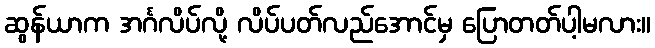
ဆွန်ယာက အင်္ဂလိပ်လို့ လိပ်ပတ်လည်အောင်မှ ပြောတတ်ပါ့မလား။